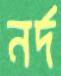
নর্দ